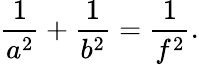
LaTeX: {\frac{1}{a^{2}}}+{\frac{1}{b^{2}}}={\frac{1}{f^{2}}}.